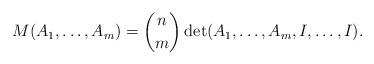
LaTeX: \begin{align*}M(A_1,\dots,A_m)=\binom{n }{m }\det(A_1,\dots,A_m, I,\dots, I).\end{align*}